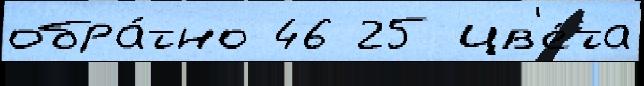
обра́тно 46 25 цв'е́та